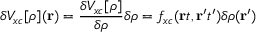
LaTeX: \delta V _ { x c } [ \rho ] ( \mathbf { r } ) = { \frac { \delta V _ { x c } [ \rho ] } { \delta \rho } } \delta \rho = f _ { x c } ( \mathbf { r } t , \mathbf { r ^ { \prime } } t ^ { \prime } ) \delta \rho ( \mathbf { r ^ { \prime } } )